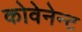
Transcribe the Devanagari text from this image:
कोवेनेन्ट